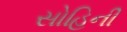
સોહિની